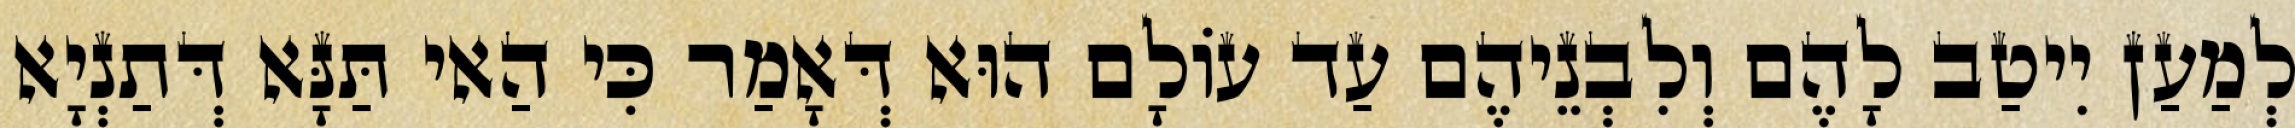
לְמַעַן יִיטַב לָהֶם וְלִבְנֵיהֶם עַד עוֹלָם הוּא דְּאָמַר כִּי הַאי תַּנָּא דְּתַנְיָא